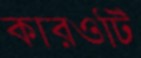
কারওটি